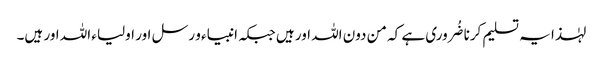
لہٰذا یہ تسلیم کرنا ضُروری ہے کہ من دون اللہ اور ہیں جبکہ انبیاء و رسل اور اولیاء اللہ اور ہیں۔